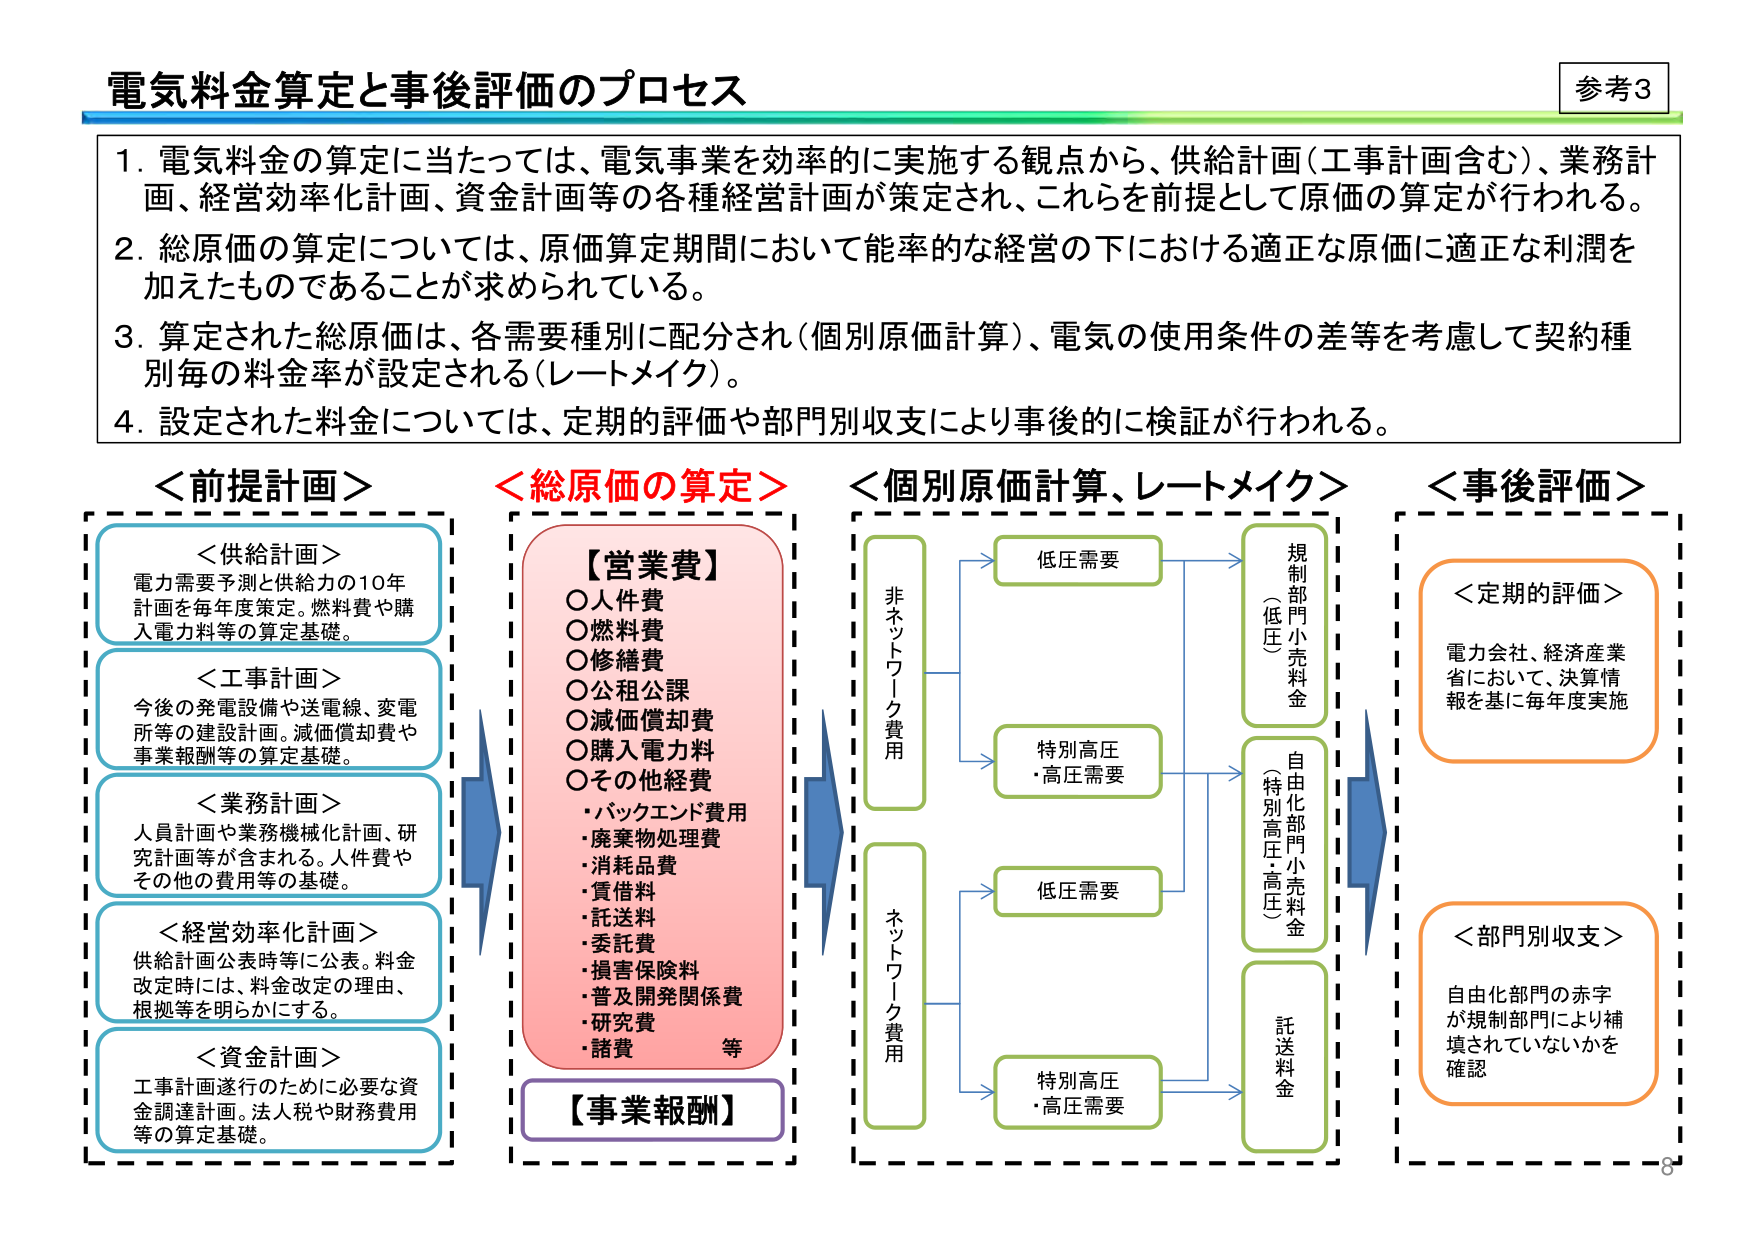
電気料金算定と事後評価のプロセス

参考3

1. 電気料金の算定に当たっては、電気事業を効率的に実施する観点から、供給計画（工事計画含む）、業務計画、経営効率化計画、資金計画等の各種経営計画が策定され、これらを前提として原価の算定が行われる。
2. 総原価の算定については、原価算定期間において能率的な経営の下における適正な原価に適正な利潤を加えたものであることが求められている。
3. 算定された総原価は、各需要種別に配分され（個別原価計算）、電気の使用条件の差等を考慮して契約種別毎の料金率が設定される（レートメイク）。
4. 設定された料金については、定期的評価や部門別収支により事後的に検証が行われる。

＜前提計画＞
＜供給計画＞
電力需要予測と供給力の10年計画を毎年度策定。燃料費や購入電力料等の算定基礎。
＜工事計画＞
今後の発電設備や送電線、変電所等の建設計画。減価償却費や事業報酬等の算定基礎。
＜業務計画＞
人員計画や業務機械化計画、研究計画等が含まれる。人件費やその他の費用等の基礎。
＜経営効率化計画＞
供給計画公表時等に公表。料金改定時には、料金改定の理由、根拠等を明らかにする。
＜資金計画＞
工事計画遂行のために必要な資金調達計画。法人税や財務費用等の算定基礎。

＜総原価の算定＞
【営業費】
○人件費
○燃料費
○修繕費
○公租公課
○減価償却費
○購入電力料
○その他経費
・バックエンド費用
・廃棄物処理費
・消耗品費
・賃借料
・託送料
・委託費
・損害保険料
・普及開発関係費
・研究費
・諸費　等
【事業報酬】

＜個別原価計算、レートメイク＞
非ネットワーク費用
→ 低圧需要 → 規制部門小売料金（低圧）
→ 特別高圧・高圧需要 → 自由化部門小売料金（特別高圧・高圧）
ネットワーク費用
→ 低圧需要 → 託送料金
→ 特別高圧・高圧需要 → 託送料金

＜事後評価＞
＜定期的評価＞
電力会社、経済産業省において、決算情報に基づき毎年度実施
＜部門別収支＞
自由化部門の赤字が規制部門により補填されていないかを確認

8